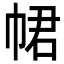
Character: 𢂽